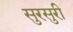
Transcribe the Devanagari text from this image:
सुरसुरी